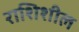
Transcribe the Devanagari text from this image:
राशिशील